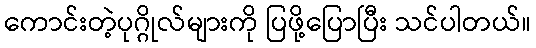
ကောင်းတဲ့ပုဂ္ဂိုလ်များကို ပြဖို့ပြောပြီး သင်ပါတယ်။